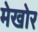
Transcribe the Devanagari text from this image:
मेखोर